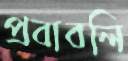
প্রবাবলি